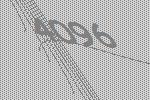
4096